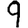
Digit: 9